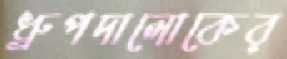
ধ্রুপদালোকের